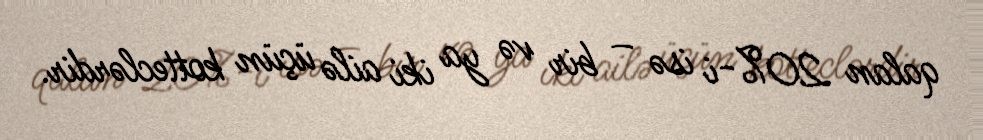
qalan 20%-i isə – bir və ya iki ailə üçün kotteclərdir.